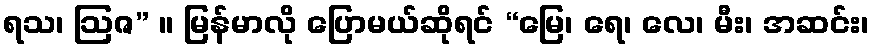
ရသ၊ ဩဇ” ။ မြန်မာလို ပြောမယ်ဆိုရင် “မြေ၊ ရေ၊ လေ၊ မီး၊ အဆင်း၊